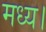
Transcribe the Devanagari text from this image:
मध्य।